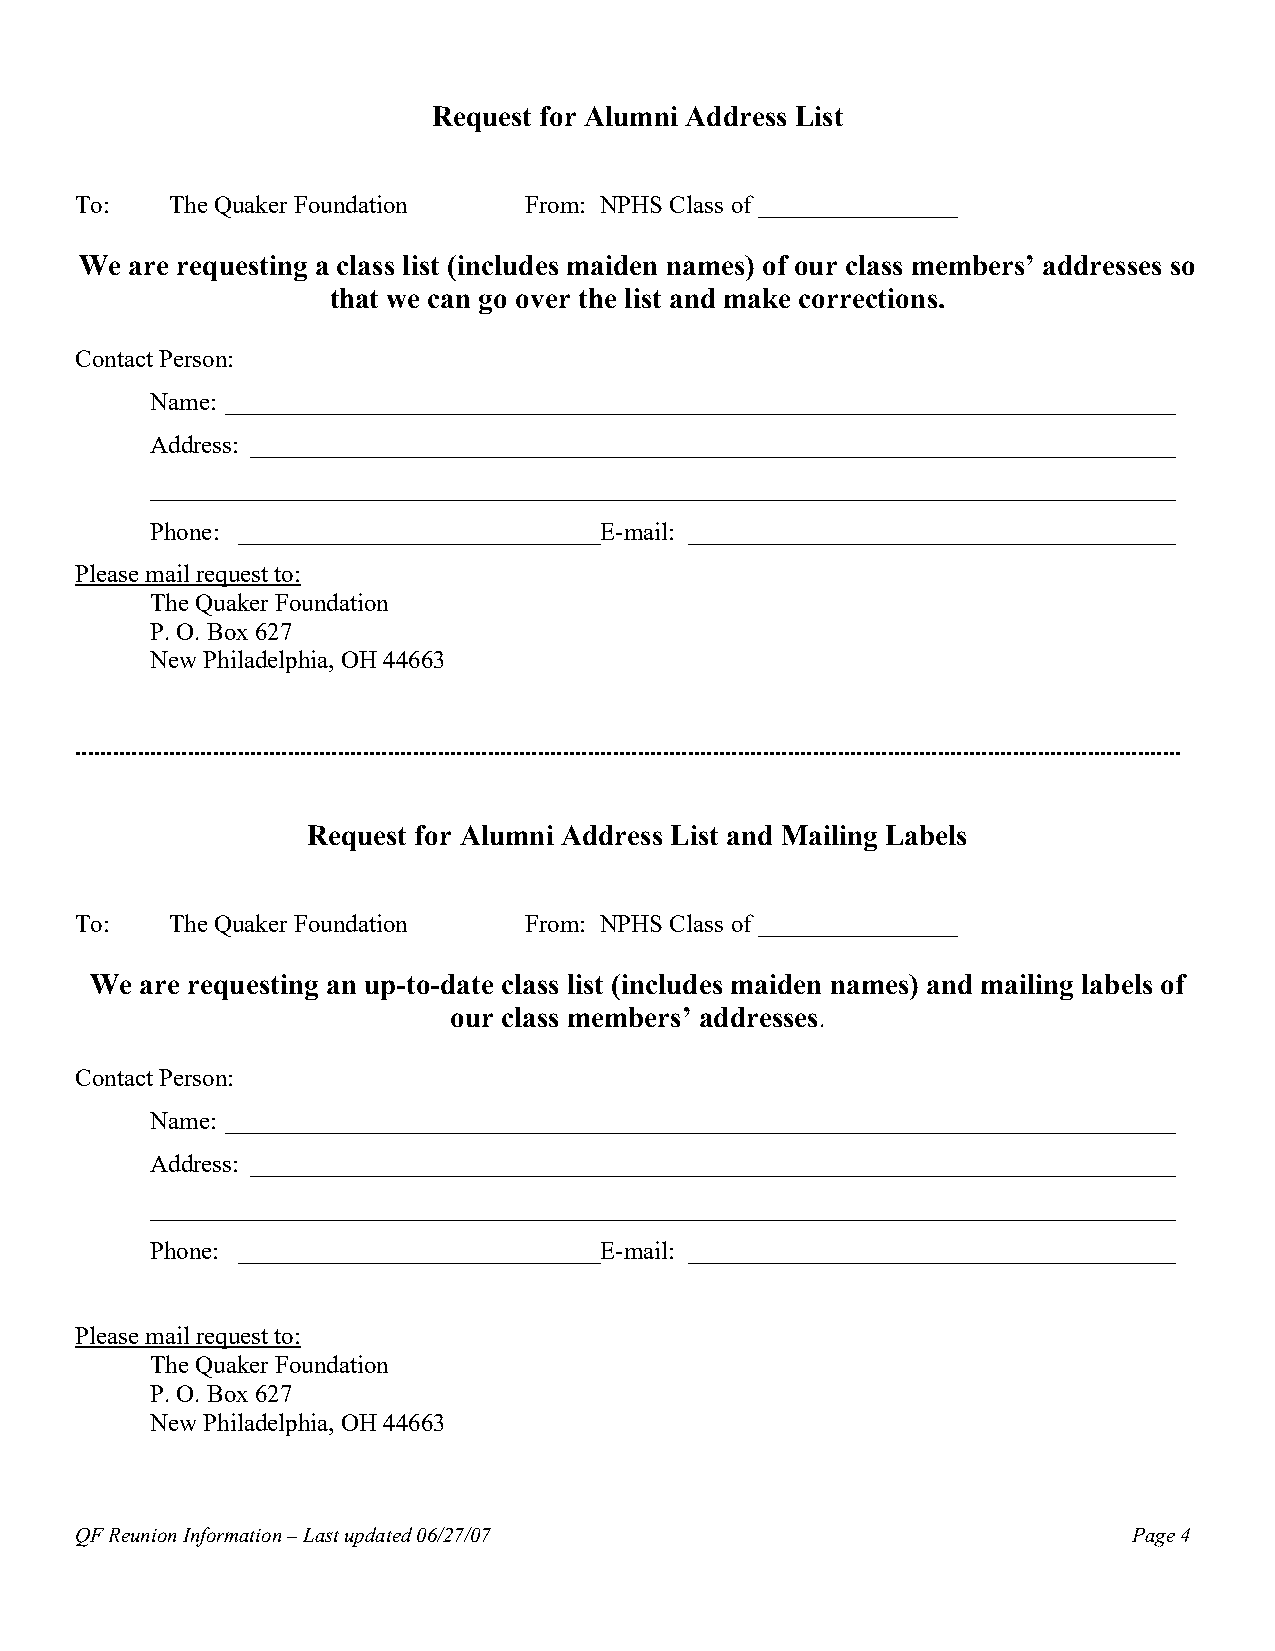
Request for Alumni Address List
 To:   The Quaker Foundation   From: NPHS Class of ________________
 We  are requesting a class list (includes maiden names) of our class members’ addresses so
 that we can go over the list and make corrections.
 Contact Person:
 Name: ____________________________________________________________________________
 Address: __________________________________________________________________________
 __________________________________________________________________________________
 Phone: _____________________________E-mail: _______________________________________
 Please mail request to:
 The Quaker Foundation
 P. O. Box 627
 New Philadelphia, OH 44663
 .................................................................................................................................................................................
 Request for Alumni Address List and Mailing Labels
 To:   The Quaker Foundation   From: NPHS Class of ________________
 We are requesting an up-to-date class list (includes maiden names) and mailing labels of
 our class members’ addresses.
 Contact Person:
 Name: ____________________________________________________________________________
 Address: __________________________________________________________________________
 __________________________________________________________________________________
 Phone: _____________________________E-mail: _______________________________________
 Please mail request to:
 The Quaker Foundation
 P. O. Box 627
 New Philadelphia, OH 44663
 QF Reunion Information – Last updated 06/27/07                        Page 4